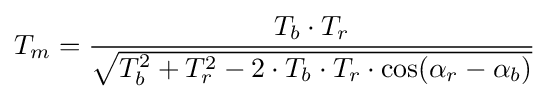
T_{m}={\frac {T_{b}\cdot T_{r}}{\sqrt {T_{b}^{2}+T_{r}^{2}-2\cdot T_{b}\cdot T_{r}\cdot \cos(\alpha _{r}-\alpha _{b})}}}